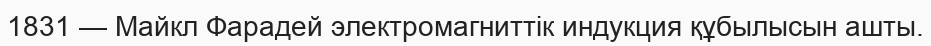
1831 — Майкл Фарадей электромагниттік индукция құбылысын ашты.